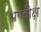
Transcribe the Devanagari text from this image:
अण्वीक्ष